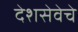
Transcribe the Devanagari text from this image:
देशसेवेचे